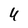
Character: U